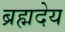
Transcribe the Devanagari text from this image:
ब्रह्मदेय